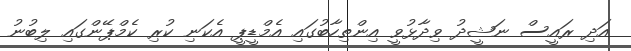
އަދި ރައީސް ނަޝީދު ވިދާޅުވީ އިންތިހާބުގައި އެމްޑީޕީ އެކަނި ކުރި ކެމްޕޭންގައި ލިބުނު